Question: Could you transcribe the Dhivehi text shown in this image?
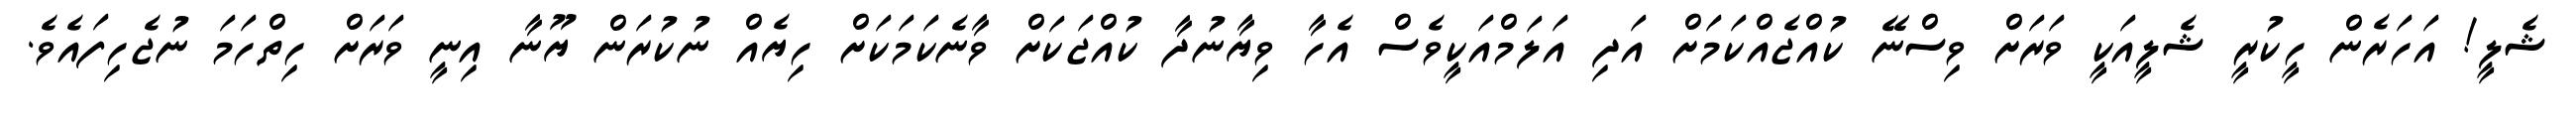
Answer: ޝެލީ! އަހަރެން ހީކުރީ ޝެލީއަކީ ވަރަށް ވިސްނޭ ކުއްޖެއްކަމަށް އަދި އަލަމްއަކީވެސް އެހާ ވިޔާނުދާ ކުއްޖަކަށް ވާނެކަމަކަށް ހިޔެއް ނުކުރަން ޔޫނާ އިނީ ވަރަށް ހިތްހަމަ ނުޖެހިފައެވެ.